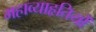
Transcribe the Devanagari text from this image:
महाव्याहृतियों